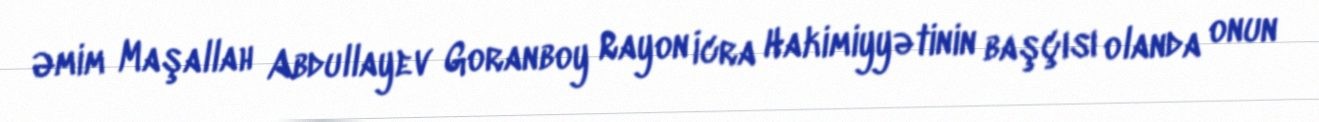
Əmim Maşallah Abdullayev Goranboy Rayon İcra Hakimiyyətinin başçısı olanda onun